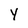
Character: Y